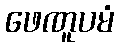
ဖေဏူပမံ